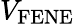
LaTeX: V_{\mathrm{FENE}}